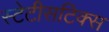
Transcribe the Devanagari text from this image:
स्टेटीसटिक्स